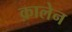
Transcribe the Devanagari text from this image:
क़ालेन